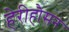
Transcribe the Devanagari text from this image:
हेरीहौसन